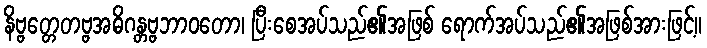
နိဗ္ဗတ္တေတဗ္ဗအဓိဂန္တဗ္ဗဘာဝတော၊ ပြီးစေအပ်သည်၏အဖြစ် ရောက်အပ်သည်၏အဖြစ်အားဖြင့်။